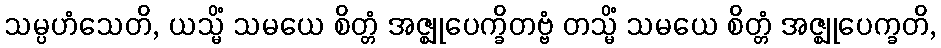
သမ္ပဟံသေတိ, ယသ္မိံ သမယေ စိတ္တံ အဇ္ဈုပေက္ခိတဗ္ဗံ တသ္မိံ သမယေ စိတ္တံ အဇ္ဈုပေက္ခတိ,